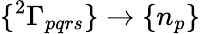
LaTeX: \{ {^{2}\Gamma_{pqrs}}\} \to\{ n_{p}\}